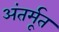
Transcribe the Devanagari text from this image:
अंतर्मूत